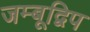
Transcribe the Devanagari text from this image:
जम्बूद्विप